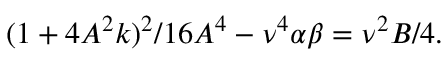
( 1 + 4 A ^ { 2 } k ) ^ { 2 } / 1 6 A ^ { 4 } - \nu ^ { 4 } \alpha \beta = \nu ^ { 2 } B / 4 .